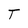
Character: T